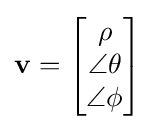
\mathbf {v} ={\begin{bmatrix}\rho \\\angle \theta \\\angle \phi \end{bmatrix}}